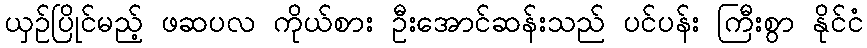
ယှဉ်ပြိုင်မည့် ဖဆပလ ကိုယ်စား ဦးအောင်ဆန်းသည် ပင်ပန်း ကြီးစွာ နိုင်ငံ